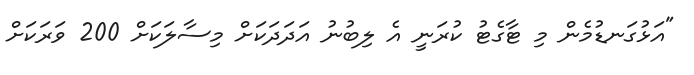
"އަޅުގަނޑުމެން މި ޓާގެޓު ކުރަނީ އެ ލިބުނު އަދަދަކަށް މިސާލަކަށް 200 ވަރަކަށް